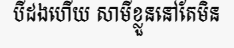
បីដងហើយ សាមីខ្លួននៅតែមិន